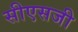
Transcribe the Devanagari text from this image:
सीएसजी